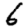
Digit: 6